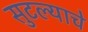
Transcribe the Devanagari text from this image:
सुटल्याचे